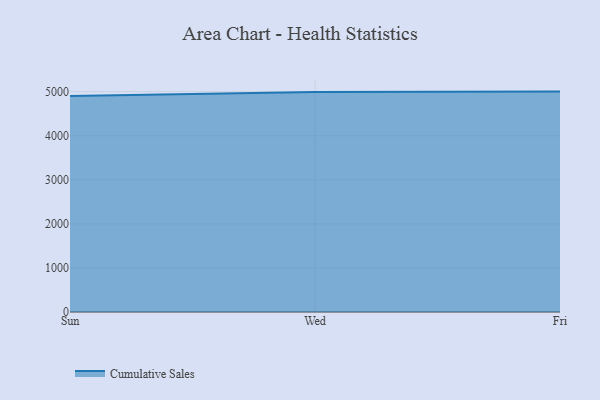
{"axis": {"x": "Day", "y": "Demand Index"}, "legend": ["Cumulative Sales"], "data": [{"x": "Sun", "y": 4902.4, "type": "Cumulative Sales"}, {"x": "Wed", "y": 4993.5, "type": "Cumulative Sales"}, {"x": "Fri", "y": 5000, "type": "Cumulative Sales"}]}